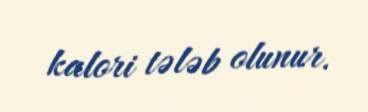
kalori tələb olunur.